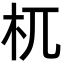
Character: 杌